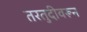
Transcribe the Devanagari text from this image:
तरतुदीवरून